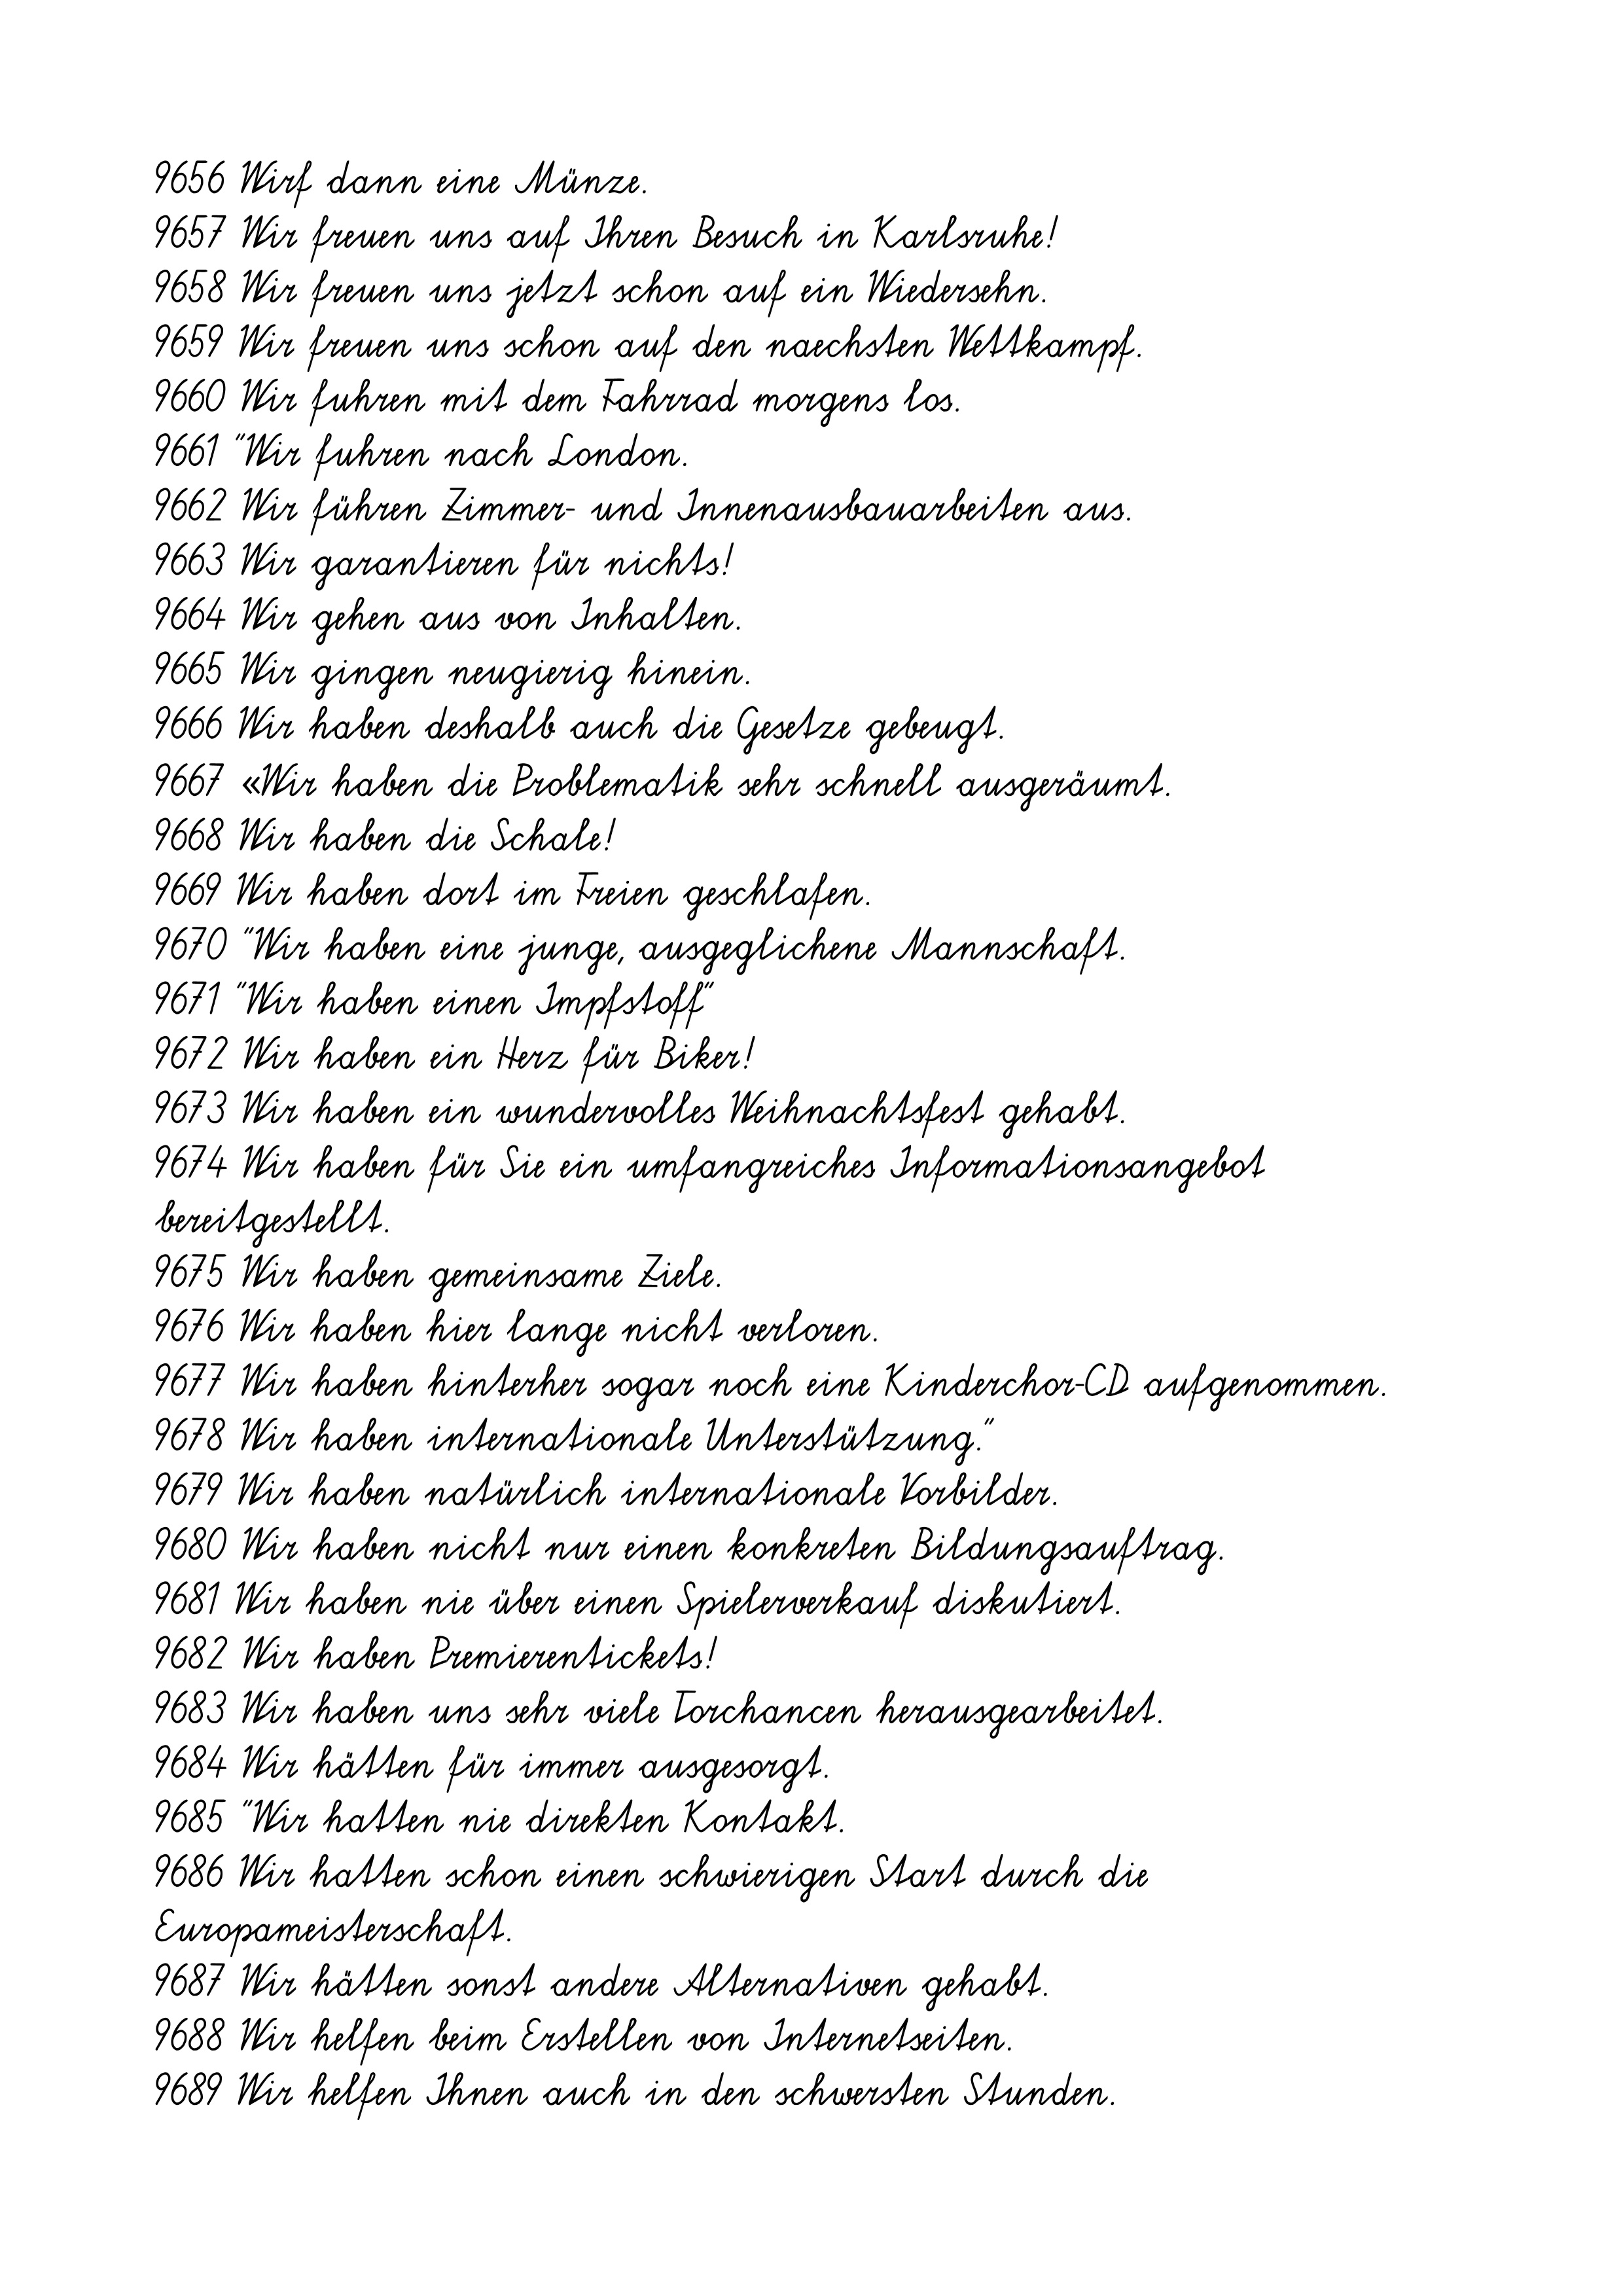
9656 Wirf dann eine Münze.
9657 Wir freuen uns auf Ihren Besuch in Karlsruhe!
9658 Wir freuen uns jetzt schon auf ein Wiedersehn.
9659 Wir freuen uns schon auf den naechsten Wettkampf.
9660 Wir fuhren mit dem Fahrrad morgens los.
9661 "Wir fuhren nach London.
9662 Wir führen Zimmer- und Innenausbauarbeiten aus.
9663 Wir garantieren für nichts!
9664 Wir gehen aus von Inhalten.
9665 Wir gingen neugierig hinein.
9666 Wir haben deshalb auch die Gesetze gebeugt.
9667 «Wir haben die Problematik sehr schnell ausgeräumt.
9668 Wir haben die Schale!
9669 Wir haben dort im Freien geschlafen.
9670 "Wir haben eine junge, ausgeglichene Mannschaft.
9671 "Wir haben einen Impfstoff"
9672 Wir haben ein Herz für Biker!
9673 Wir haben ein wundervolles Weihnachtsfest gehabt.
9674 Wir haben für Sie ein umfangreiches Informationsangebot
bereitgestellt.
9675 Wir haben gemeinsame Ziele.
9676 Wir haben hier lange nicht verloren.
9677 Wir haben hinterher sogar noch eine Kinderchor-CD aufgenommen.
9678 Wir haben internationale Unterstützung."
9679 Wir haben natürlich internationale Vorbilder.
9680 Wir haben nicht nur einen konkreten Bildungsauftrag.
9681 Wir haben nie über einen Spielerverkauf diskutiert.
9682 Wir haben Premierentickets!
9683 Wir haben uns sehr viele Torchancen herausgearbeitet.
9684 Wir hätten für immer ausgesorgt.
9685 "Wir hatten nie direkten Kontakt.
9686 Wir hatten schon einen schwierigen Start durch die
Europameisterschaft.
9687 Wir hätten sonst andere Alternativen gehabt.
9688 Wir helfen beim Erstellen von Internetseiten.
9689 Wir helfen Ihnen auch in den schwersten Stunden.